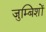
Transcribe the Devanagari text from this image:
जुम्बिशों